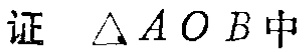
证 $\triangle AOB$中